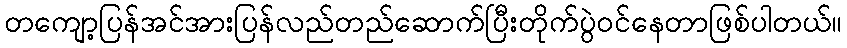
တကျော့ပြန်အင်အားပြန်လည်တည်ဆောက်ပြီးတိုက်ပွဲဝင်နေတာဖြစ်ပါတယ်။